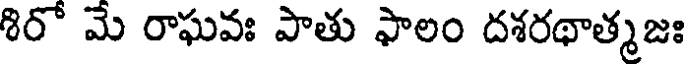
శిరో మే రాఘవః పాతు ఫాలం దశరథాత్మజః